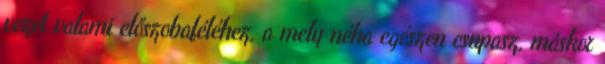
vezet valami előszobaféléhez, a mely néha egészen csupasz, máskor